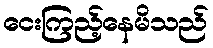
ငေးကြည့်နေမိသည်